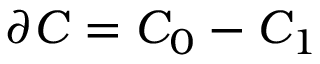
\partial C = C _ { 0 } - C _ { 1 }